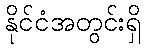
နိုင်ငံအတွင်းရှိ